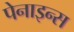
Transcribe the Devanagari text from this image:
पेनाइन्स